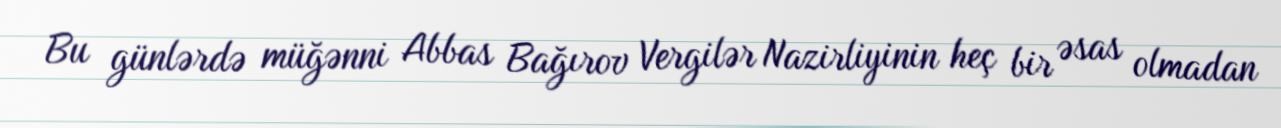
Bu günlərdə müğənni Abbas Bağırov Vergilər Nazirliyinin heç bir əsas olmadan